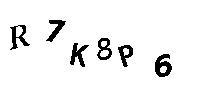
R7K8P6